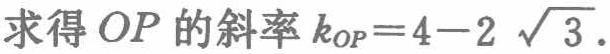
求得 \(OP\) 的斜率 \(k_{OP}=4 - 2\sqrt{3}\).